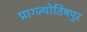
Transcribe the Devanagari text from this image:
प्राग्ज्योतिषपुर